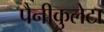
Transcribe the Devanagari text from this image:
पैनीकुलेटा